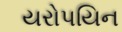
યરોપયિન